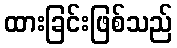
ထားခြင်းဖြစ်သည်